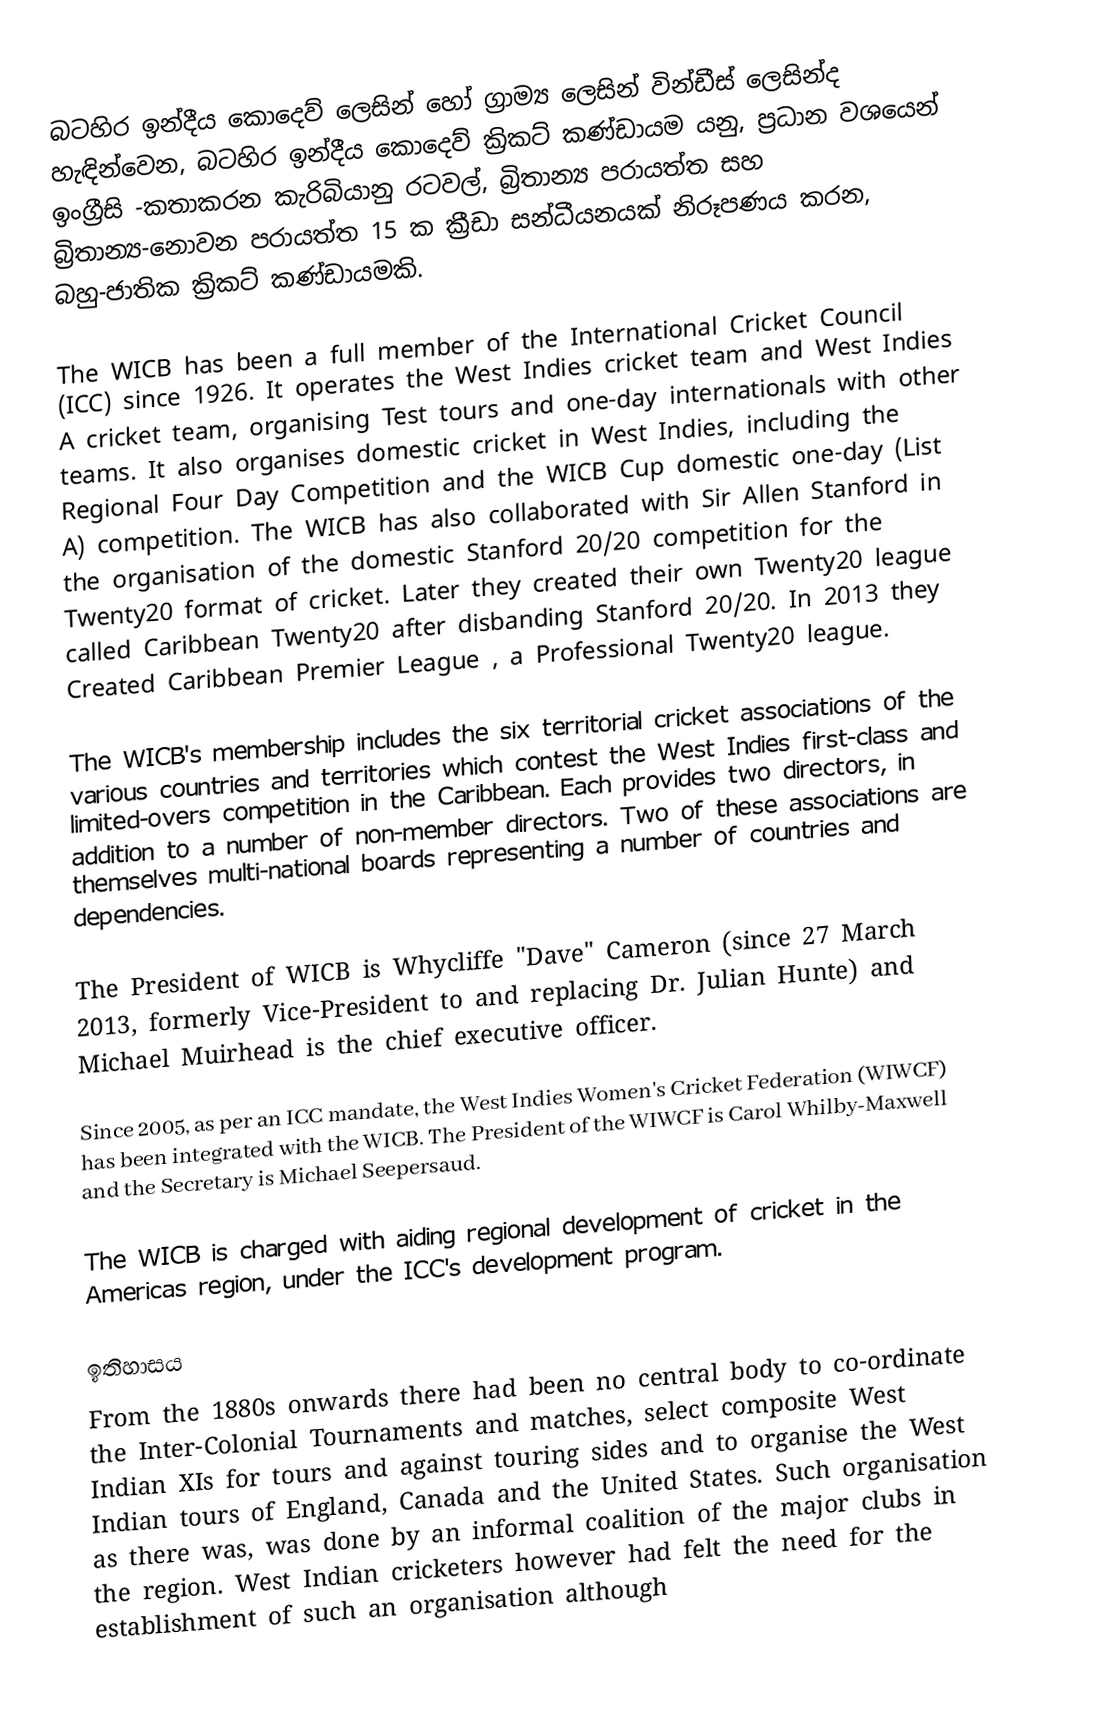
බටහිර ඉන්දීය කොදෙව්  ලෙසින් හෝ ග්‍රාම්‍ය ලෙසින් වින්ඩීස් ලෙසින්ද හැඳින්වෙන,  බටහිර ඉන්දීය කොදෙව් ක්‍රිකට් කණ්ඩායම යනු,  ප්‍රධාන වශයෙන් ඉංග්‍රීසි -කතාකරන කැරිබියානු රටවල්, බ්‍රිතාන්‍ය පරායත්ත සහ බ්‍රිතාන්‍ය-නොවන පරායත්ත 15 ක ක්‍රීඩා සන්ධීයනයක් නිරූපණය කරන, බහු-ජාතික ක්‍රිකට් කණ්ඩායමකි.

The WICB has been a full member of the International Cricket Council (ICC) since 1926. It operates the West Indies cricket team and West Indies A cricket team, organising Test tours and one-day internationals with other teams. It also organises domestic cricket in West Indies, including the Regional Four Day Competition and the WICB Cup domestic one-day (List A) competition. The WICB has also collaborated with Sir Allen Stanford in the organisation of the domestic Stanford 20/20 competition for the Twenty20 format of cricket. Later they created their own Twenty20 league called Caribbean Twenty20 after disbanding Stanford 20/20. In 2013 they Created Caribbean Premier League , a Professional Twenty20 league.

The WICB's membership includes the six territorial cricket associations of the various countries and territories which contest the West Indies first-class and limited-overs competition in the Caribbean. Each provides two directors, in addition to a number of non-member directors. Two of these associations are themselves multi-national boards representing a number of countries and dependencies.

The President of WICB is Whycliffe "Dave" Cameron (since 27 March 2013, formerly Vice-President to and replacing Dr. Julian Hunte) and Michael Muirhead is the chief executive officer.

Since 2005, as per an ICC mandate, the West Indies Women's Cricket Federation (WIWCF) has been integrated with the WICB. The President of the WIWCF is Carol Whilby-Maxwell and the Secretary is Michael Seepersaud.

The WICB is charged with aiding regional development of cricket in the Americas region, under the ICC's development program.

ඉතිහාසය
From the 1880s onwards there had been no central body to co-ordinate the Inter-Colonial Tournaments and matches, select composite West Indian XIs for tours and against touring sides and to organise the West Indian tours of England, Canada and the United States. Such organisation as there was, was done by an informal coalition of the major clubs in the region. West Indian cricketers however had felt the need for the establishment of such an organisation although